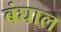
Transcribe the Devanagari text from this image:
बंघाल